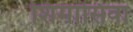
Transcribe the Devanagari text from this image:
शिमासिवा